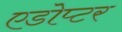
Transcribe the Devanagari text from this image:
एडोप्टर